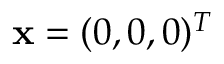
\mathbf { x } = ( 0 , 0 , 0 ) ^ { T }